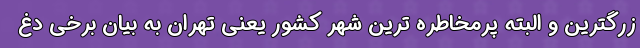
زرگترین و البته پرمخاطره ترین شهر کشور یعنی تهران به بیان برخی دغ